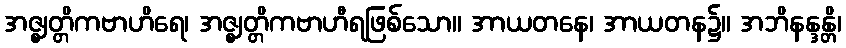
အဇ္ဈတ္တိကဗာဟိရေ၊ အဇ္ဈတ္တိကဗာဟီရဖြစ်သော။ အာယတနေ၊ အာယတန၌။ အဘိနန္ဒန္တိ၊